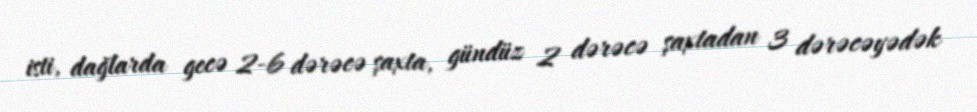
isti, dağlarda gecə 2-6 dərəcə şaxta, gündüz 2 dərəcə şaxtadan 3 dərəcəyədək